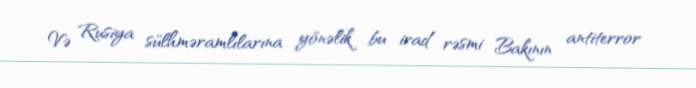
Və Rusiya sülhməramlılarına yönəlik bu irad rəsmi Bakının antiterror